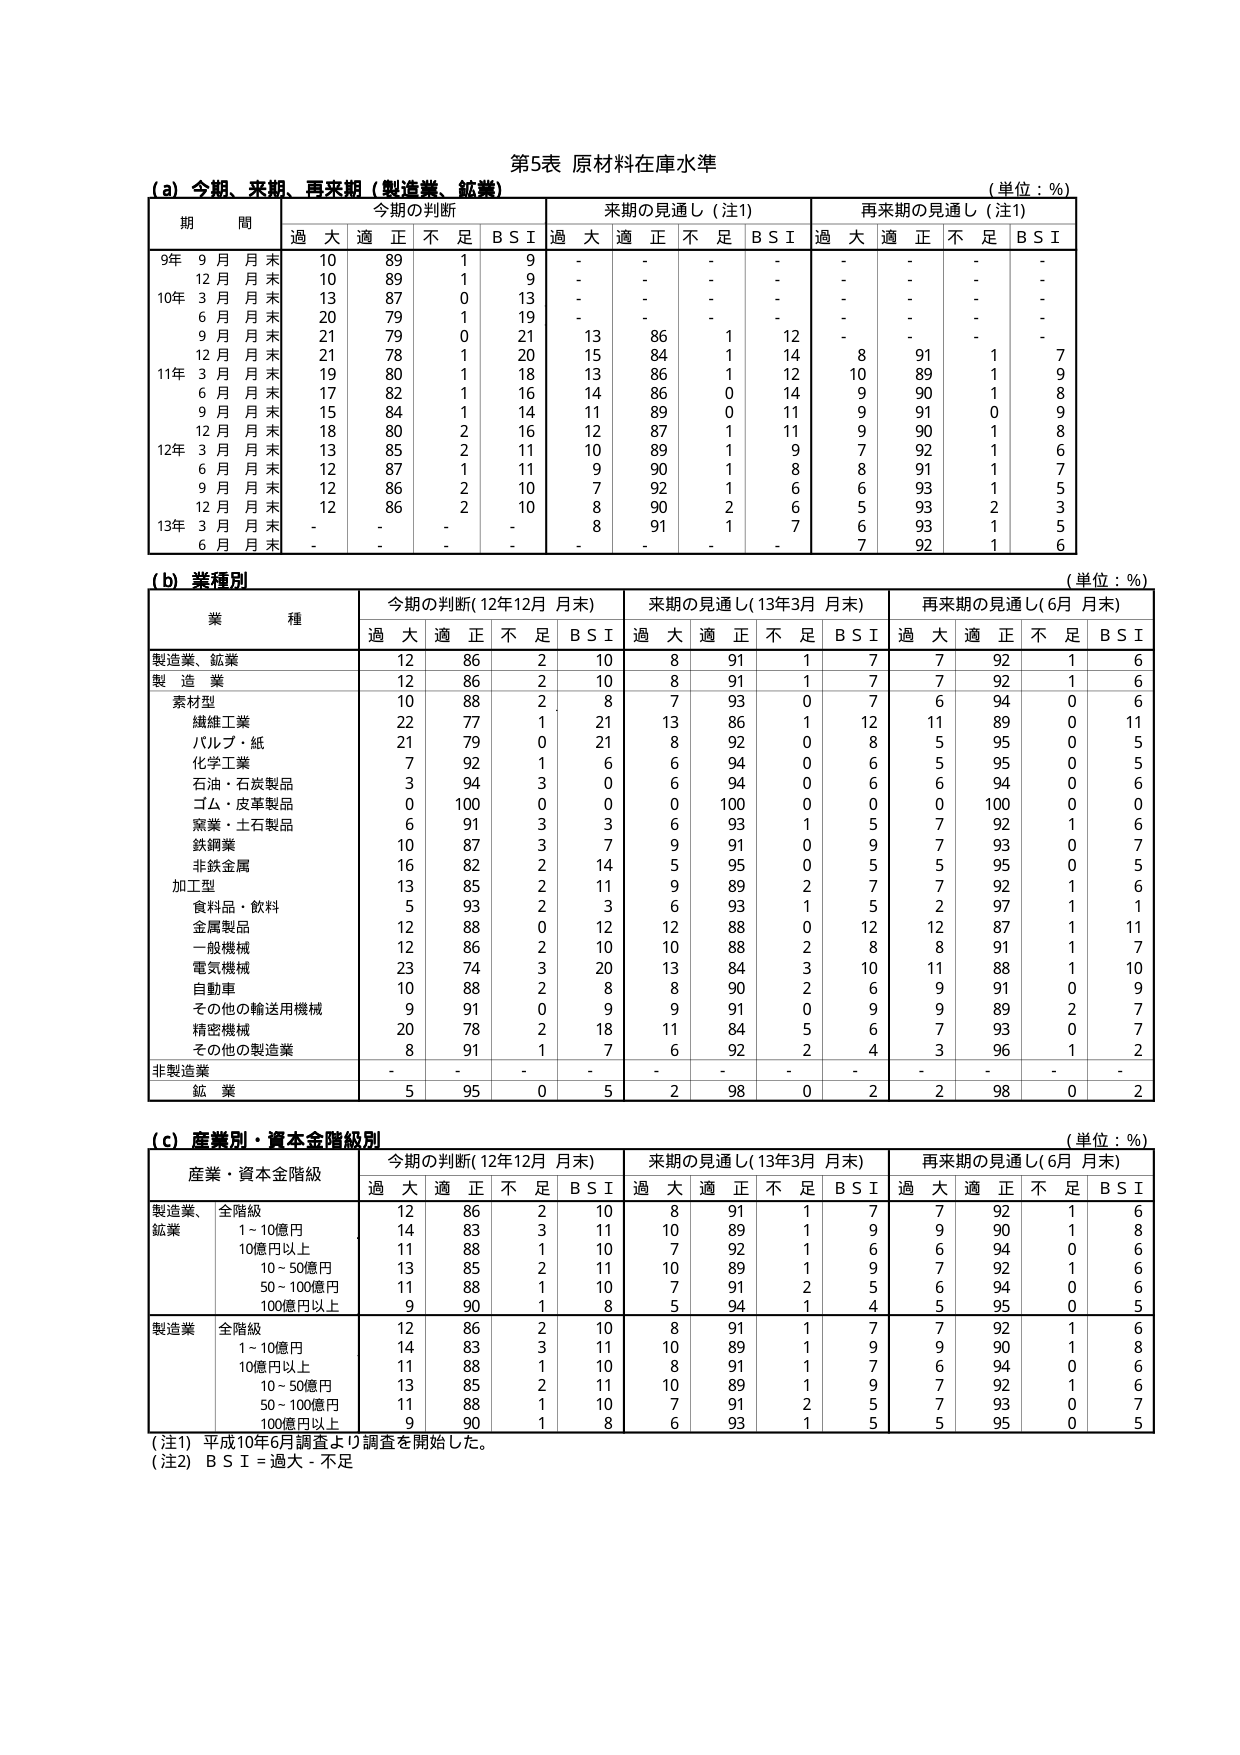
第5表 原材料在庫水準

(a) 今期、来期、再来期（製造業、鉱業）
（単位：%）

期 間 | 今期の判断 | 来期の見通し（注1） | 再来期の見通し（注1）
--- | --- | --- | ---
 | 過大 | 適正 | 不足 | B S I | 過大 | 適正 | 不足 | B S I | 過大 | 適正 | 不足 | B S I
9年 9月月末 | 10 | 89 | 1 | 9 | - | - | - | - | - | - | - | -
12月月末 | 10 | 89 | 1 | 9 | - | - | - | - | - | - | - | -
10年 3月月末 | 13 | 87 | 0 | 13 | - | - | - | - | - | - | - | -
6月月末 | 20 | 79 | 1 | 19 | - | - | - | - | - | - | - | -
9月月末 | 21 | 79 | 0 | 21 | 13 | 86 | 1 | 12 | - | - | - | -
12月月末 | 21 | 78 | 1 | 20 | 15 | 84 | 1 | 14 | 8 | 91 | 1 | 7
11年 3月月末 | 19 | 80 | 1 | 18 | 13 | 86 | 1 | 12 | 10 | 89 | 1 | 9
6月月末 | 17 | 82 | 1 | 16 | 14 | 86 | 0 | 14 | 9 | 90 | 1 | 8
9月月末 | 15 | 84 | 1 | 14 | 11 | 89 | 0 | 11 | 9 | 91 | 0 | 9
12月月末 | 18 | 80 | 2 | 16 | 12 | 87 | 1 | 11 | 9 | 90 | 1 | 8
12年 3月月末 | 13 | 85 | 2 | 11 | 10 | 89 | 1 | 9 | 7 | 92 | 1 | 6
6月月末 | 12 | 87 | 1 | 11 | 9 | 90 | 1 | 8 | 8 | 91 | 1 | 7
9月月末 | 12 | 86 | 2 | 10 | 7 | 92 | 1 | 6 | 6 | 93 | 1 | 5
12月月末 | 12 | 86 | 2 | 10 | 8 | 90 | 2 | 6 | 5 | 93 | 2 | 3
13年 3月月末 | - | - | - | - | 8 | 91 | 1 | 7 | 6 | 93 | 1 | 5
6月月末 | - | - | - | - | - | - | - | - | 7 | 92 | 1 | 6

(b) 業種別
（単位：%）

業 種 | 今期の判断（12年12月 月末） | 来期の見通し（13年3月 月末） | 再来期の見通し（6月 月末）
--- | --- | --- | ---
 | 過大 | 適正 | 不足 | B S I | 過大 | 適正 | 不足 | B S I | 過大 | 適正 | 不足 | B S I
製造業、鉱業 | 12 | 86 | 2 | 10 | 8 | 91 | 1 | 7 | 7 | 92 | 1 | 6
製 造 業 | 12 | 86 | 2 | 10 | 8 | 91 | 1 | 7 | 7 | 92 | 1 | 6
　素材型 | 10 | 88 | 2 | 8 | 7 | 93 | 0 | 7 | 6 | 94 | 0 | 6
　　繊維工業 | 22 | 77 | 1 | 21 | 13 | 86 | 1 | 12 | 11 | 89 | 0 | 11
　　パルプ・紙 | 21 | 79 | 0 | 21 | 8 | 92 | 0 | 8 | 5 | 95 | 0 | 5
　　化学工業 | 7 | 92 | 1 | 6 | 6 | 94 | 0 | 6 | 5 | 95 | 0 | 5
　　石油・石炭製品 | 3 | 94 | 3 | 0 | 6 | 94 | 0 | 6 | 6 | 94 | 0 | 6
　　ゴム・皮革製品 | 0 | 100 | 0 | 0 | 0 | 100 | 0 | 0 | 0 | 100 | 0 | 0
　　窯業・土石製品 | 6 | 91 | 3 | 3 | 6 | 93 | 1 | 5 | 7 | 92 | 1 | 6
　　鉄鋼業 | 10 | 87 | 3 | 7 | 9 | 91 | 0 | 9 | 7 | 93 | 0 | 7
　　非鉄金属 | 16 | 82 | 2 | 14 | 5 | 95 | 0 | 5 | 5 | 95 | 0 | 5
　加工型 | 13 | 85 | 2 | 11 | 9 | 89 | 2 | 7 | 7 | 92 | 1 | 6
　　食料品・飲料 | 5 | 93 | 2 | 3 | 6 | 93 | 1 | 5 | 2 | 97 | 1 | 1
　　金属製品 | 12 | 88 | 0 | 12 | 12 | 88 | 0 | 12 | 12 | 87 | 1 | 11
　　一般機械 | 12 | 86 | 2 | 10 | 10 | 88 | 2 | 8 | 8 | 91 | 1 | 7
　　電気機械 | 23 | 74 | 3 | 20 | 13 | 84 | 3 | 10 | 11 | 88 | 1 | 10
　　自動車 | 10 | 88 | 2 | 8 | 8 | 90 | 2 | 6 | 9 | 91 | 0 | 9
　　その他の輸送用機械 | 9 | 91 | 0 | 9 | 9 | 91 | 0 | 9 | 9 | 89 | 2 | 7
　　精密機械 | 20 | 78 | 2 | 18 | 11 | 84 | 5 | 6 | 7 | 93 | 0 | 7
　　その他の製造業 | 8 | 91 | 1 | 7 | 6 | 92 | 2 | 4 | 3 | 96 | 1 | 2
非製造業 | - | - | - | - | - | - | - | - | - | - | - | -
　鉱 業 | 5 | 95 | 0 | 5 | 2 | 98 | 0 | 2 | 2 | 98 | 0 | 2

(c) 産業別・資本金階級別
（単位：%）

産業・資本金階級 | 今期の判断（12年12月 月末） | 来期の見通し（13年3月 月末） | 再来期の見通し（6月 月末）
--- | --- | --- | ---
 | 過大 | 適正 | 不足 | B S I | 過大 | 適正 | 不足 | B S I | 過大 | 適正 | 不足 | B S I
製造業、鉱業 | 全階級 | 12 | 86 | 2 | 10 | 8 | 91 | 1 | 7 | 7 | 92 | 1 | 6
 | 1～10億円 | 14 | 83 | 3 | 11 | 10 | 89 | 1 | 9 | 9 | 90 | 1 | 8
 | 10億円以上 | 11 | 88 | 1 | 10 | 7 | 92 | 1 | 6 | 6 | 94 | 0 | 6
 | 10～50億円 | 13 | 85 | 2 | 11 | 10 | 89 | 1 | 9 | 7 | 92 | 1 | 6
 | 50～100億円 | 11 | 88 | 1 | 10 | 7 | 91 | 2 | 5 | 6 | 94 | 0 | 6
 | 100億円以上 | 9 | 90 | 1 | 8 | 5 | 94 | 1 | 4 | 5 | 95 | 0 | 5
製造業 | 全階級 | 12 | 86 | 2 | 10 | 8 | 91 | 1 | 7 | 7 | 92 | 1 | 6
 | 1～10億円 | 14 | 83 | 3 | 11 | 10 | 89 | 1 | 9 | 9 | 90 | 1 | 8
 | 10億円以上 | 11 | 88 | 1 | 10 | 8 | 91 | 1 | 7 | 6 | 94 | 0 | 6
 | 10～50億円 | 13 | 85 | 2 | 11 | 10 | 89 | 1 | 9 | 7 | 92 | 1 | 6
 | 50～100億円 | 11 | 88 | 1 | 10 | 7 | 91 | 2 | 5 | 7 | 93 | 0 | 7
 | 100億円以上 | 9 | 90 | 1 | 8 | 6 | 93 | 1 | 5 | 5 | 95 | 0 | 5

（注1）平成10年6月調査より調査を開始した。
（注2）B S I = 過大 - 不足